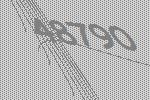
48790